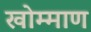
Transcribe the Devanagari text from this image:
खोम्माण